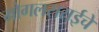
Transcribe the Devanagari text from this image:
मोगलसराईचे